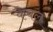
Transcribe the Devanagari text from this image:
कैबल